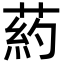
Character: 葯